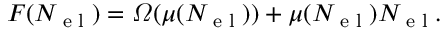
\begin{array} { r } { F ( N \sb { \textnormal { e l } } ) = \varOmega ( \mu ( N \sb { \textnormal { e l } } ) ) + \mu ( N \sb { \textnormal { e l } } ) N \sb { \textnormal { e l } } . } \end{array}